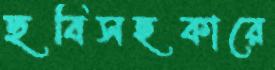
ছবিসহকারে